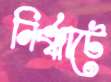
নির্ঞ্ঝাটে